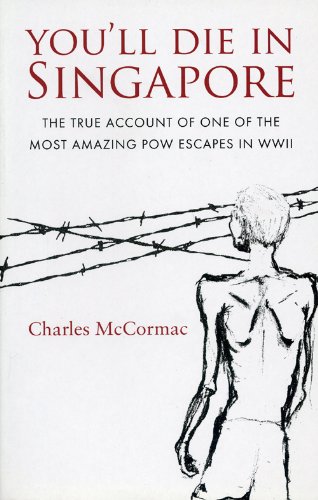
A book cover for You'll Die in Singapore; Charles McCormac; Travel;